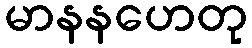
မာနနဟေတု